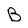
Character: B